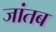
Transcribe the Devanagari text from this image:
जांतब